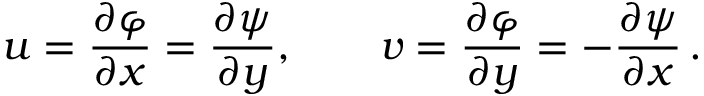
u = { \frac { \partial \varphi } { \partial x } } = { \frac { \partial \psi } { \partial y } } , \qquad v = { \frac { \partial \varphi } { \partial y } } = - { \frac { \partial \psi } { \partial x } } \, .